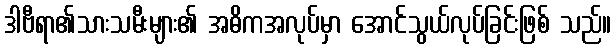
ဒါဗီရာ၏သားသမီးများ၏ အဓိကအလုပ်မှာ အောင်သွယ်လုပ်ခြင်းဖြစ် သည်။